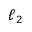
\ell _ { 2 }